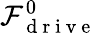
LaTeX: \mathcal{F}_{\mathrm{{~d~r~i~v~e~}}}^{0}